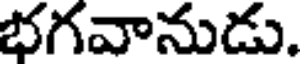
భగవానుడు.